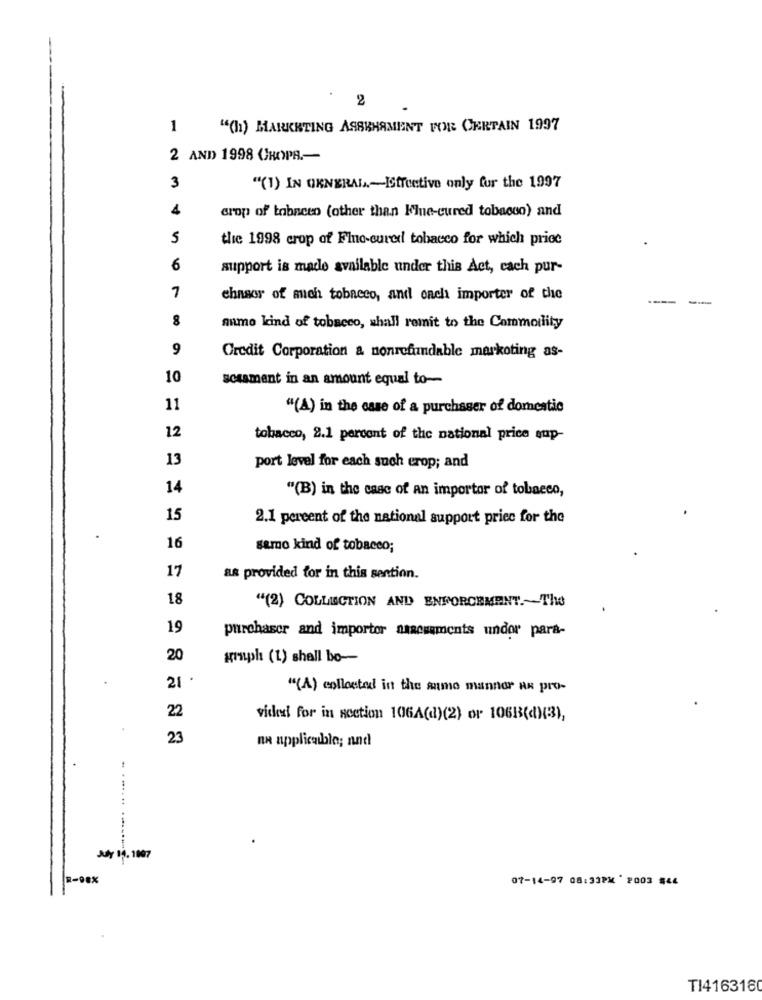
2
1
"(h) MARKETING ASSKHAMENT FOR CERTAIN 1997
2 AND 1998 CHOPA .-
3
"(1) IN GENERAL .- ISffective only for the 1997
4
crop of tobacco (other than Kue-cured tobacco) and
5
thie 1998 crop of Fino-cured tobacco for which price
6
support is made available under this Act, cach pur-
7
chasor of auch tobacco, and onch importer of the
8
amo kind of tobacco, shall remit to the Commoility
9
Credit Corporation & nonrefundable markoting as-
10
scasment in an amount equal to-
11
"(A) in the case of a purchaser of domestic
12
tobacco, 2.1 percent of the national price eup-
13
port level for each such erop; and
14
"(B) in the case of an importar of tobacco,
15
2.1 percent of the national support priec for the
16
samo kind of tobacco;
17
as provided for in this sention.
18
"(2) COLLECTION AND ENFORCEMENT .~~ The
19
purchaser and importor naacwements undor para-
20
graph (1) shall bo-
21 .
"(A) collected in the same manner as pro-
22
vide for in section 106A(d)(2) or 106B(d)(3),
23
na applicable; and
R-98X
07-14-97 08:33PM ' 2003 544
TI416318